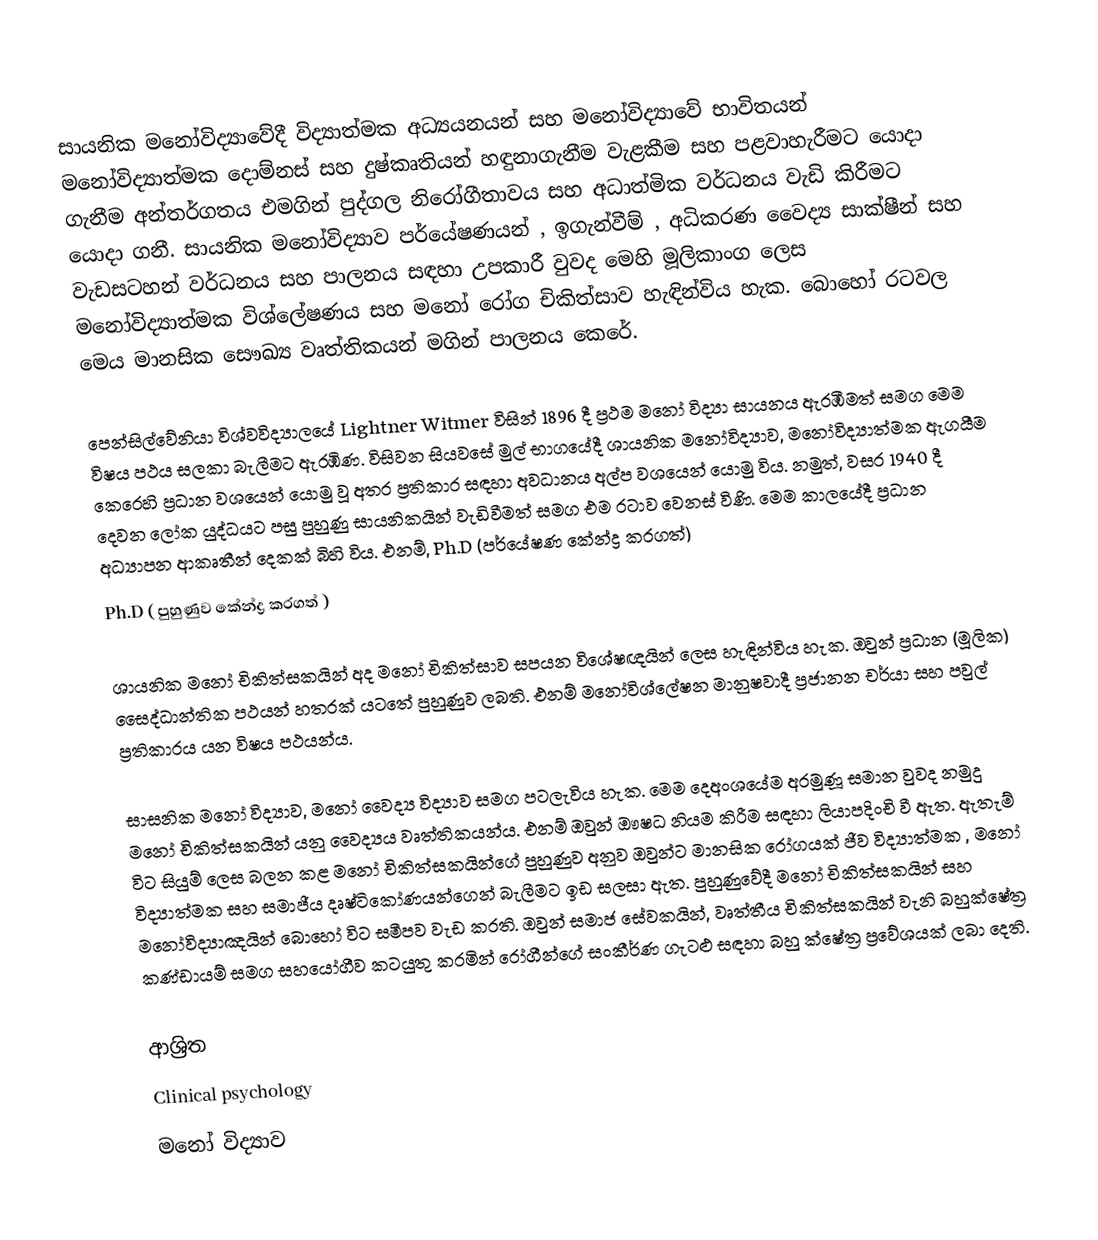
සායනික මනෝවිද්‍යාවේදී විද්‍යාත්මක අධ්‍යයනයන් සහ මනෝවිද්‍යාවේ භාවිතයන් මනෝවිද්‍යාත්මක දොම්නස් සහ  දුෂ්කෘතියන් හඳුනාගැනීම වැළකීම සහ පළවාහැරීමට යොදා ගැනීම අන්තර්ගතය එමගින් පුද්ගල නිරෝගීතාවය සහ අධාත්මික වර්ධනය වැඩි කිරීමට යොදා ගනී. සායනික මනෝවිද්‍යාව පර්යේෂණයන් , ඉගැන්වීම් , අධිකරණ වෛද්‍ය සාක්ෂීන් සහ වැඩසටහන් වර්ධනය සහ පාලනය සඳහා උපකාරී වුවද මෙහි මූලිකාංග ලෙස මනෝවිද්‍යාත්මක විශ්ලේෂණය සහ මනෝ රෝග චිකිත්සාව හැඳින්විය හැක. බොහෝ රටවල මෙය මානසික සෞඛ්‍ය වෘත්තිකයන් මගින් පාලනය කෙරේ.

පෙන්සිල්වේනියා විශ්වවිද්‍යාලයේ Lightner Witmer විසින් 1896 දී ප්‍රථම මනෝ විද්‍යා සායනය ඇරඹීමත් සමග මෙම විෂය පථය සලකා බැලීමට ඇරඹිණ. විසිවන සියවසේ මුල් භාගයේදී ශායනික මනෝවිද්‍ය‍ාව, මනෝවිද්‍යාත්මක ඇගයීම කෙරෙහි ප්‍රධාන වශයෙන් යොමු වූ අතර ප්‍රතිකාර සඳහා අවධානය අල්ප වශයෙන් යොමු විය. නමුත්, වසර 1940 දී දෙවන ලෝක යුද්ධයට පසු පුහුණු සායනිකයින් වැඩිවීමත් සමග එම රටාව වෙනස් විණි. මෙම කාලයේදී ප්‍රධාන අධ්‍යාපන ආකෘතීන් දෙකක් බිහි විය. එනම්, Ph.D (පර්යේෂණ කේන්ද්‍ර කරගත්)
					     Ph.D ( පුහුණුව කේන්ද්‍ර කරගත්    )

ශායනික මනෝ චිකිත්සකයින් අද මනෝ චිකිත්සාව සපයන විශේෂඥයින් ලෙස හැඳින්විය හැක. ඔවුන් ප්‍රධාන (මූලික) සෛද්ධාන්තික පථයන් හතරක් යටතේ පුහුණුව ලබති. එනම් මනෝවිශ්ලේෂන මානුෂවාදී  ප්‍රජානන චර්යා සහ පවුල් ප්‍රතිකාරය යන විෂය පථයන්ය.

සාසනික මනෝ විද්‍යාව, මනෝ වෛද්‍ය විද්‍යාව සමග පටලැවිය හැක. මෙම දෙඅංශයේම අරමුණූ සමාන වුවද නමුදු මනෝ චිකිත්සකයින් යනු වෛද්‍යය වෘත්තිකයන්ය. එනම් ඔවුන් ඖෂධ නියම කිරීම සඳහා ලියාපදිංචි වී ඇත‍. ඇතැම් විට සියුම් ලෙස බලන කළ මනෝ චිකිත්සකයින්ගේ පුහුණුව අනුව ඔවුන්ට මානසික රෝගයක් ජීව විද්‍යාත්මක , මනෝ විද්‍යාත්මක සහ සමාජීය දෘෂ්ටිකෝණයන්ගෙන් බැලීමට ඉඩ සලසා ඇත. පුහුණුවේදී මනෝ චිකිත්සකයින් සහ මනෝවිද්‍යාඤයින් බොහෝ විට සමීපව වැඩ කරති. ඔවුන් සමාජ සේවකයින්, වෘත්තීය චිකිත්සකයින්  වැනි බහුක්ෂේත්‍ර කණ්ඩායම් සමග සහයෝගීව කටයුතු කරමින් රෝගීන්ගේ සංකීර්ණ ගැටළු සඳහා බහු ක්ෂේත්‍ර ප්‍රවේශයක් ලබා දෙති.

ආශ්‍රිත
 Clinical psychology
මනෝ විද්‍යාව